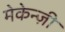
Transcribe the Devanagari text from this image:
मेकेन्ज़ी